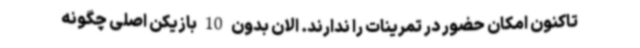
تاکنون امکان حضور در تمرینات را ندارند. الان بدون 10 بازیکن اصلی چگونه